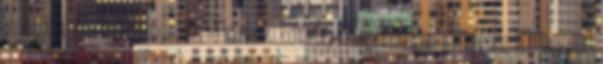
vizsgálata, korrekciója, Belső képek alkotása, verbalizálása, kifejezése III. Olvasás